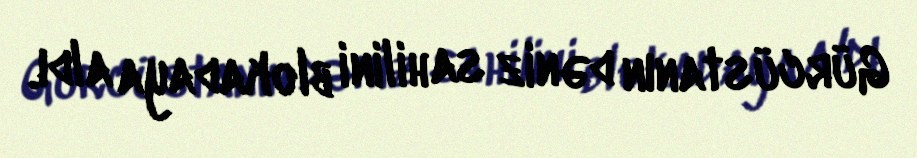
Gürcüstanın dəniz sahilini blokadaya aldı.